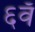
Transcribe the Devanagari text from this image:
६वँ